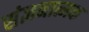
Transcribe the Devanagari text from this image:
संज्ञनात्मक